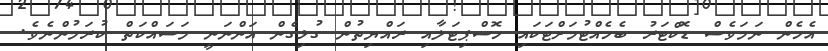
އެހެން ނަމަވެސް ޑޮކްޓަރު ބެހެއްޓުމަށްޓަކައި ހޮސްޕިޓަލާއި ރައްޔިތުން ގުޅިގެން އަންނަނީ މަސައްކަތް ކުރަމުންނެވެ.